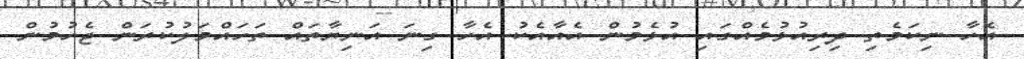
އެހާ ނިކަމެތި ދިރިއުޅުމެއްގައި އުޅެމުން އެއާއެކު އެހާ ގިނަ އަނިޔާތައް ތަހައްމަލުކުރަން ޖެހުމުން